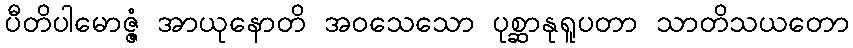
ပီတိပါမောဇ္ဇံ အာယုနောတိ အဝသေသော ပုစ္ဆာနုရူပတာ သာတိသယတော